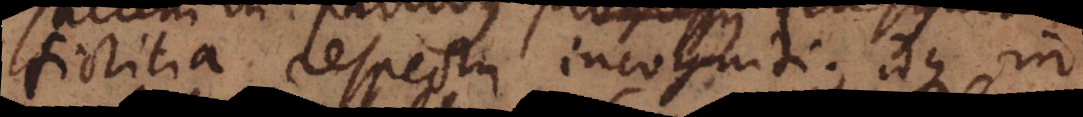
fictitia respectu incogniti; idque in